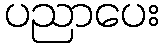
ပညာပေး